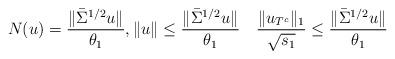
LaTeX: \begin{align*} N(u) = \frac{\|\bar\Sigma^{1/2} u\|}{\theta_1}, \|u\|\le\frac{\|\bar\Sigma^{1/2} u\|}{\theta_1}\quad\frac{\|u_{T^c}\|_1}{\sqrt{s_1}}\le\frac{\|\bar\Sigma^{1/2} u\|}{\theta_1} \end{align*}